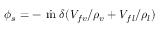
\phi _ { s } = - \dot { \mathrm { ~ m ~ } } \delta ( V _ { f v } / \rho _ { v } + V _ { f l } / \rho _ { l } )